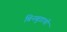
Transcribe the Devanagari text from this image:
बिनबुडाची